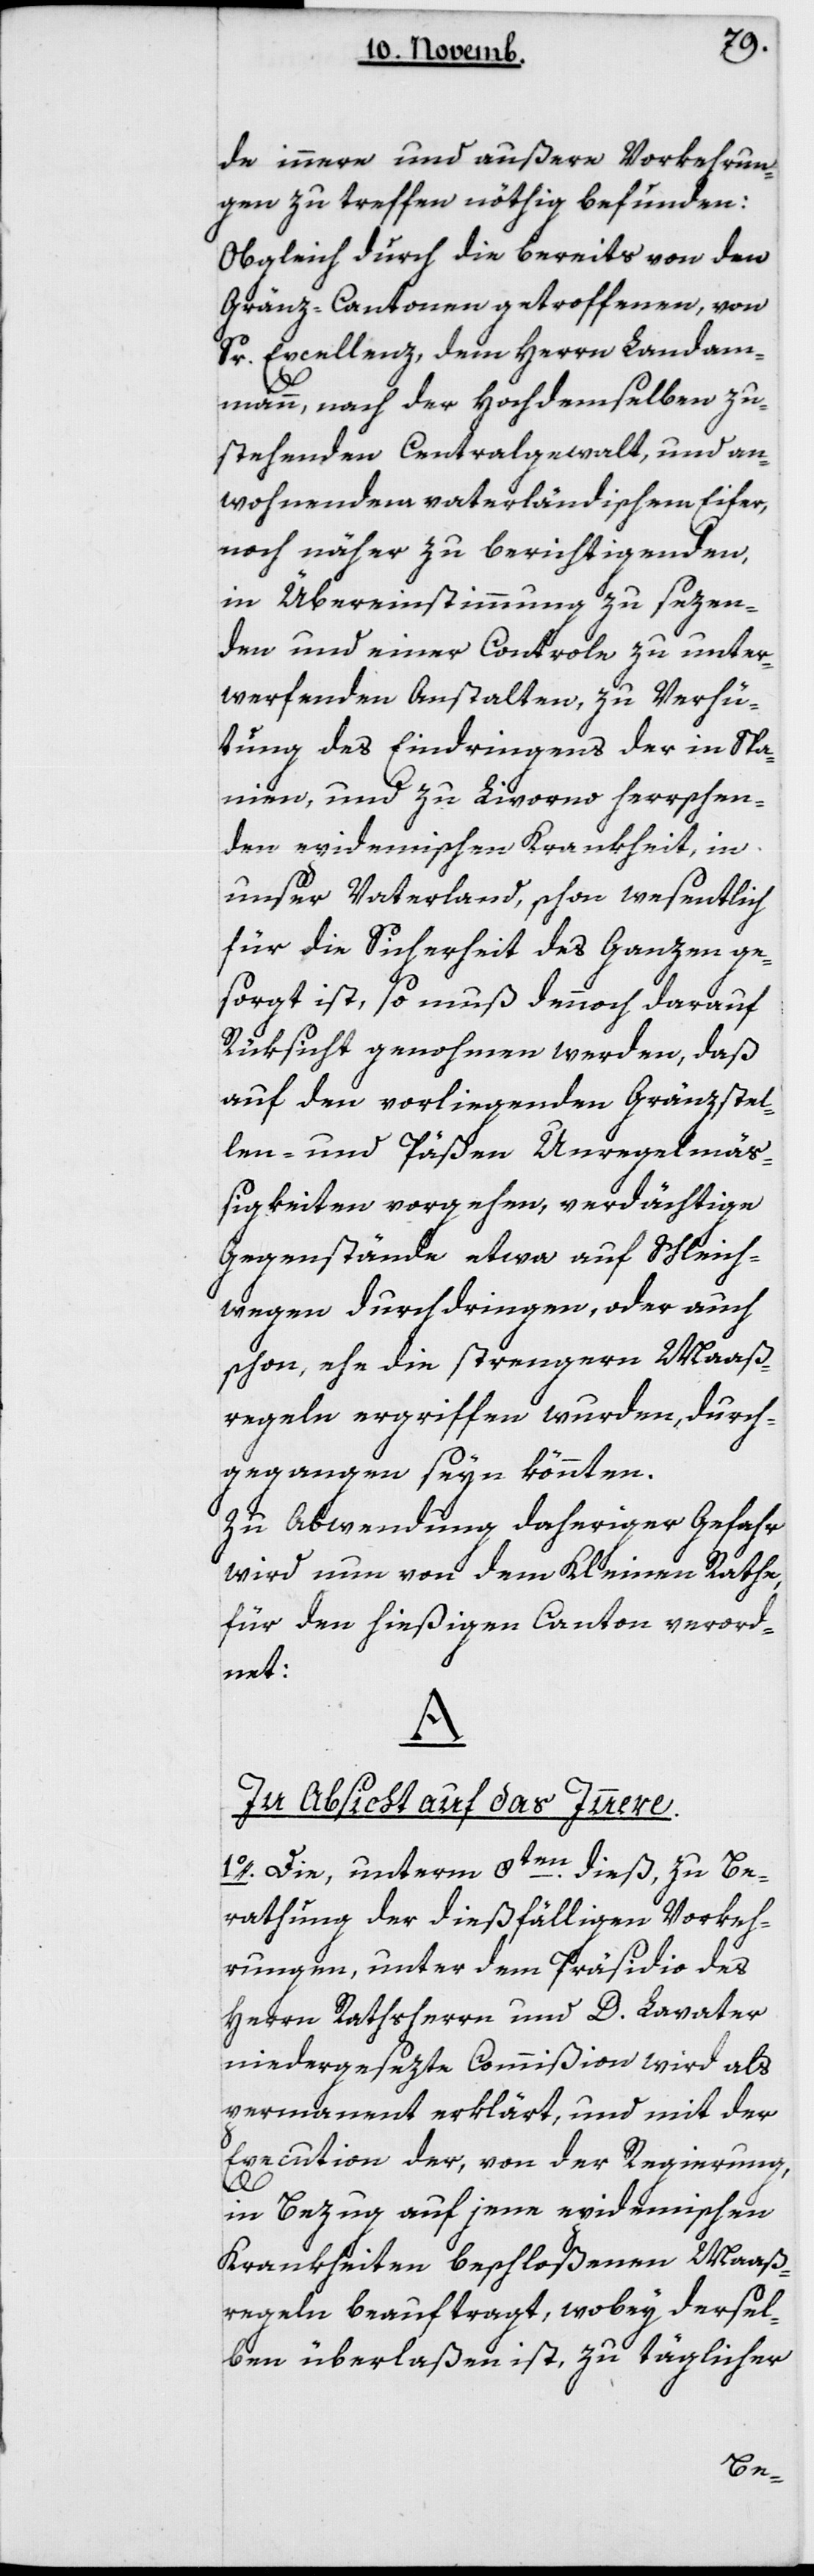
de innere und äußere Vorkehrun¬
gen zu treffen nöthig befunden:
Obgleich durch die bereits von den
Gränz-Cantonen getroffenen, von
Sr. Excellenz dem Herrn Landam¬
mann, nach der Hochdemselben zu¬
stehenden Centralgewalt, und an¬
wohnendem vaterländischen Eifer,
noch näher zu berichtigenden,
in Übereinstimmung zu sezen¬
den und einer Kontrolle zu unter¬
werfenden Anstalten, zu Verhü¬
tung des Eindringens der in Spa¬
nien und zu Livorno herrschen¬
den epidemischen Krankheit in
unser Vaterland, schon wesentlich
für die Sicherheit des Ganzen ge¬
sorgt ist, so muß dennoch darauf
Rüksicht genommen werden, daß
auf den vorliegenden Gränzstel¬
len und Päßen Unregelmäß¬
igkeiten vorgehen, verdächtige
Gegenstände etwa auf Schleich¬
wegen durchdringen, oder auch
schon, ehe die strengern Maaß¬
regeln ergriffen wurden, durch¬
gegangen seyn könnten.
Zu Abwendung daheriger Gefahr
wird nun von dem Kleinen Rathe
für den hießigen Canton verord¬
net:
A
In Absicht auf das Innere.
1. Die, unterm 8ten dieß zu Be¬
rathung der dießfälligen Vorkeh¬
rungen, unter dem Präsidio des
Herrn Rathsherrn und D. Lavater
niedergesezte Commißion wird als
permanent erklärt, und mit der
Execution der, von der Regierung
in Bezug auf jene epidemischen
Krankheiten beschloßenen Maaß¬
regeln beauftragt, wobey dersel¬
ben überlaßen ist, zu täglicher